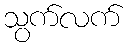
သွက်လက်